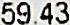
59.43